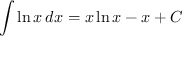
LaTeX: \int \ln x \, d x = x \ln x - x + C